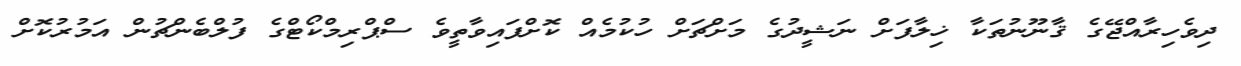
ދިވެހިރާއްޖޭގެ ޤާނޫނުތަކާ ޚިލާފަށް ނަޝީދުގެ މަށްޗަށް ހުކުމެއް ކޮށްފައިވާތީވެ ސްޕްރިމްކޯޓްގެ ފުލްބެންޗުން އަމުރުކޮށް